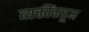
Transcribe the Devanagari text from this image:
व्यक्तींकडूम